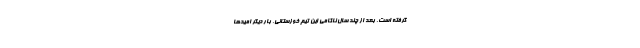
گرفته است. بعد از چند سال ناکامی این تیم خوزستانی، بار دیگر امیدها